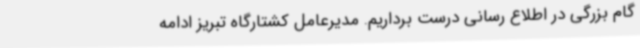
گام بزرگی در اطلاع رسانی درست برداریم. مدیرعامل کشتارگاه تبریز ادامه